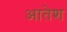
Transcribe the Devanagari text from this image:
आतेश